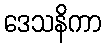
ဒေသနိကာ